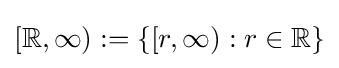
[\mathbb {R} ,\infty ):=\{[r,\infty ):r\in \mathbb {R} \}